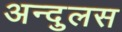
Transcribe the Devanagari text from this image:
अन्दुलस